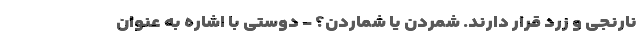
نارنجی و زرد قرار دارند. شمُردن یا شماردن؟ - دوستی با اشاره به عنوان